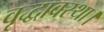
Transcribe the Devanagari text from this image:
वृद्धावस्था।